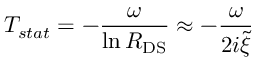
T _ { s t a t } = - \frac { \omega } { \ln { \cal R } _ { \mathrm { D S } } } \approx - \frac { \omega } { 2 i { \tilde { \xi } } }